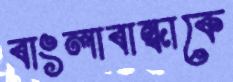
বাংলাবান্ধাকে